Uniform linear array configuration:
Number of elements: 4
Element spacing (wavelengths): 1
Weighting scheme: cosine
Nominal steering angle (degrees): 15
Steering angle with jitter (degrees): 13.566
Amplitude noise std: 0.05
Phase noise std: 0.05

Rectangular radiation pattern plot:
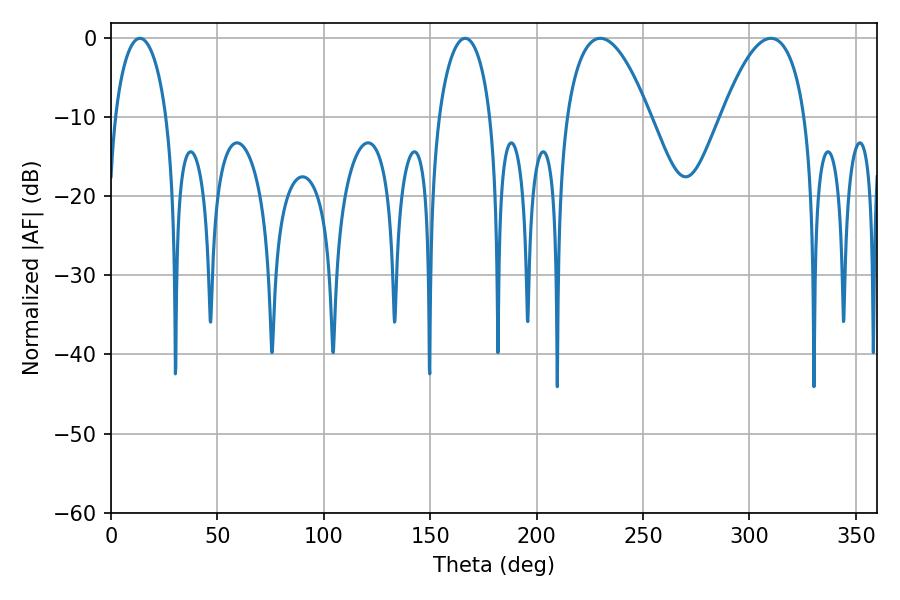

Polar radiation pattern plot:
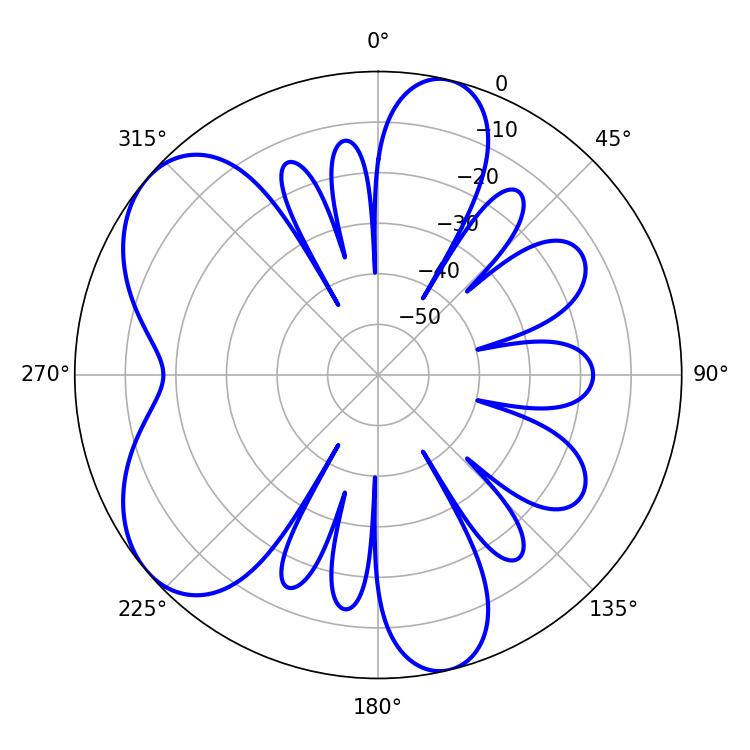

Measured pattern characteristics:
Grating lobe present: TRUE
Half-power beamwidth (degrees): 21.78
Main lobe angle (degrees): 229.86